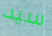
سيد